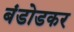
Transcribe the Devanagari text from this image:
बंडोडकर